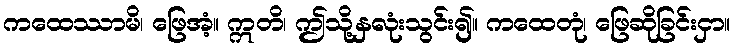
ကထေဿာမိ၊ ဖြေအံ့။ ဣတိ၊ ဤသို့နှလုံးသွင်း၍။ ကထေတုံ၊ ဖြေဆိုခြင်းငှာ။